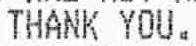
THANK YOU.